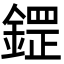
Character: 鎠